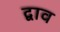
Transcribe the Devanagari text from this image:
द्वाव